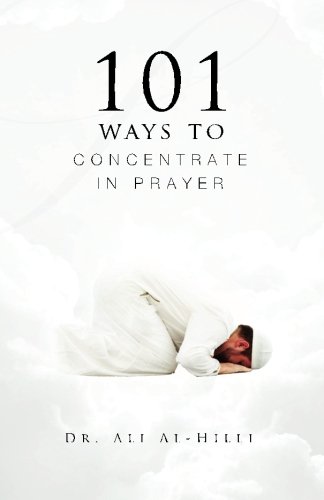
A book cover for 101 Ways to Concentrate in Prayer; Dr Ali Al-Hilli; Religion & Spirituality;